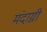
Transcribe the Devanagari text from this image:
मंदाग्नी